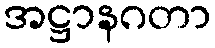
အဋ္ဌာနဂတာ